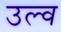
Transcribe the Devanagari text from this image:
उल्व